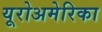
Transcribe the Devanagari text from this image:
यूरोअमेरिका